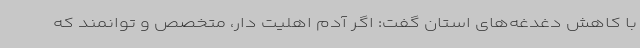
با کاهش دغدغه‌های استان گفت: اگر آدم اهلیت دار، متخصص و توانمند که